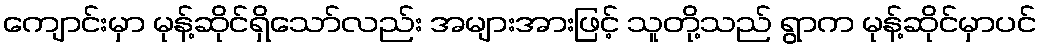
ကျောင်းမှာ မုန့်ဆိုင်ရှိသော်လည်း အများအားဖြင့် သူတို့သည် ရွာက မုန့်ဆိုင်မှာပင်